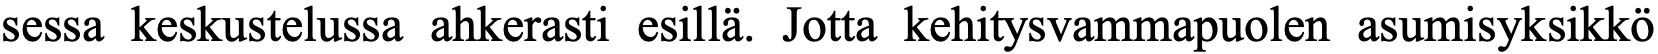
sessa keskustelussa ahkerasti esillä. Jotta kehitysvammapuolen asumisyksikkö